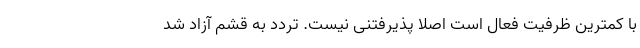
با کمترین ظرفیت فعال است اصلا پذیرفتنی نیست. تردد به قشم آزاد شد